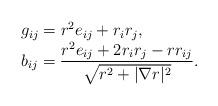
LaTeX: \begin{align*}\begin{array}{l}\displaystyle g_{ij}=r^2e_{ij}+r_ir_j,\\\displaystyle b_{ij}=\frac{r^2e_{ij}+2r_ir_j-rr_{ij}}{\sqrt{r^2+|\nabla r|^2}}.\end{array}\end{align*}